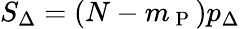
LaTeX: S_{\Delta}=(N-m_{\mathrm{~P~}})p_{\Delta}